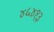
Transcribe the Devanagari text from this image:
४५४१३